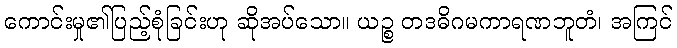
ကောင်းမှု၏ပြည့်စုံခြင်းဟု ဆိုအပ်သော။ ယဉ္စ တဒဓိဂမကာရဏဘူတံ၊ အကြင်